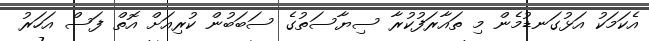
އެކަމަކު އަޅުގަނޑުމެން މި ތައާރަފުކުރާ ސިޔާސަތުގެ ސަބަބުން ކުރިއަށް އޮތް ފަސް އަހަރު